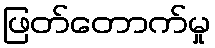
ဖြတ်တောက်မှု